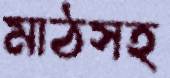
মাঠসহ